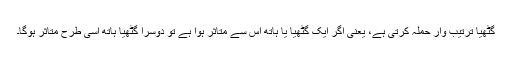
گٹھیا ترتیب وار حملہ کرتی ہے، یعنی اگر ایک گٹھیا یا ہاتھ اس سے متاثر ہوا ہے تو دوسرا گٹھیا ہاتھ اسی طرح متاثر ہوگا۔